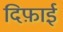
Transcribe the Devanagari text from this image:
दिफ़ाई